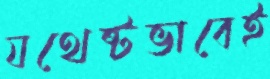
যথেষ্টভাবেই